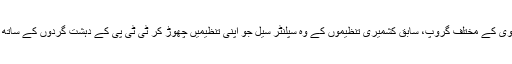
فرقہ وارانہ کالعدم تنظیموں، جیسے لشکر جھنگوی کے مختلف گروپ، سابق کشمیری تنظیموں کے وہ سپلنٹر سیل جو اپنی تنظیمیں چھوڑ کر ٹی ٹی پی کے دہشت گردوں کے ساتھ جا ملے تھے، کا بھی بڑی حد تک صفایا ہوگیا۔